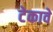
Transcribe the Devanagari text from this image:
टेकावे